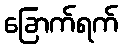
ခြောက်ရက်